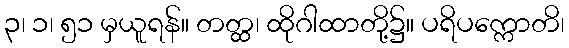
၃၊ ၁၊ ၅၁ မှယူရန်။ တတ္ထ၊ ထိုဂါထာတို့၌။ ပရိပက္ကောတိ၊